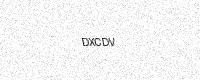
Text: DXCDV